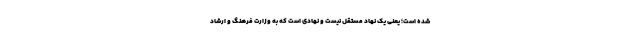
شده است؛ یعنی یک نهاد مستقل نیست و نهادی است که به وزارت فرهنگ و ارشاد